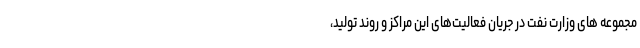
مجموعه های وزارت نفت در جریان فعالیت‌های این مراکز و روند تولید،